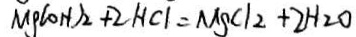
M g ( o H ) _ { 2 } + 2 H C I = M g C l _ { 2 } + 2 H _ { 2 } O